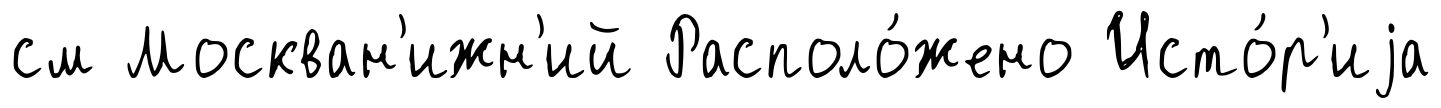
см Москван'ижн'ий Располо́жено Исто́р'иjа